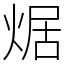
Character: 𤉸